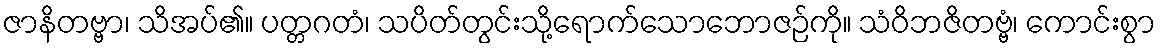
ဇာနိတဗ္ဗာ၊ သိအပ်၏။ ပတ္တဂတံ၊ သပိတ်တွင်းသို့ရောက်သောဘောဇဉ်ကို။ သံဝိဘဇိတဗ္ဗံ၊ ကောင်းစွာ